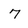
Character: 7